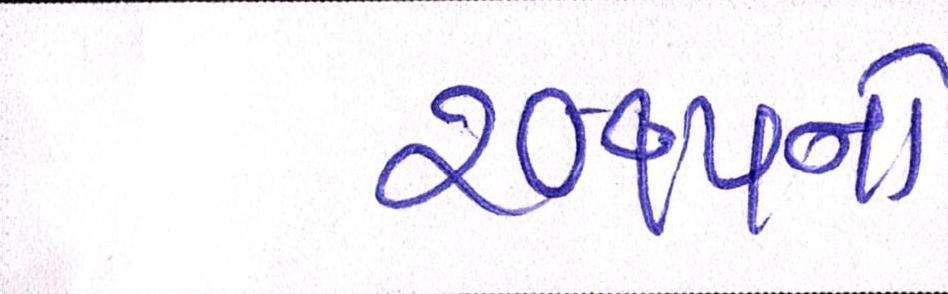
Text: ૨૦૧૫નો